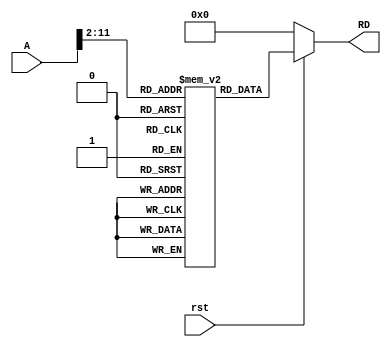
// module instruction_memory(A,rst,RD);

// input [31:0] A;
// input rst;

// output [31:0] RD;

// //creation of memory
// reg [31:0] Mem [1023:0];      //a register of name Mem, so there are 102 such register and each register has size 32 bits



// assign RD = (rst == 1'b0) ? 32'h00000000 : Mem[A[31:2]];  //memory me Ath location pe pada hua data RD pe out karna hai
// // the rst functionalityis active low functionality for rst 0 output 0;

// initial begin
// Mem[0] = 32'bFFC4A303;
// end





module instruction_memory(A,rst,RD);

input [31:0] A;
input rst;

output [31:0] RD;

//creation of memory
reg [31:0] Mem [1023:0];      //a register of name Mem, so there are 102 such register and each register has size 32 bits

assign RD = (rst == 1'b0) ? {32{1'b0}} : Mem[A[31:2]];

  initial begin
    // $readmemh("memfile.hex",Mem);
    Mem[0]=32'h0064A423;
  end
endmodule